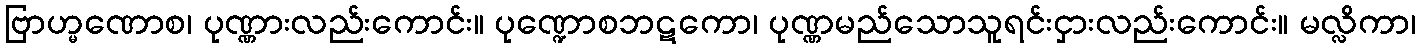
ဗြာဟ္မဏောစ၊ ပုဏ္ဏားလည်းကောင်း။ ပုဏ္ဍောစဘဋကော၊ ပုဏ္ဏမည်သောသူရင်းငှားလည်းကောင်း။ မလ္လိကာ၊